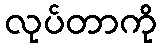
လုပ်တာကို